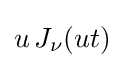
u\,J_{\nu }(ut)